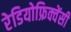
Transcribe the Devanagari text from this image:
रेडियोफ्रिक्वेंसी